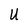
Character: U